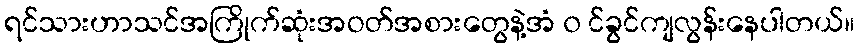
ရင်သားဟာသင်အကြိုက်ဆုံးအဝတ်အစားတွေနဲ့အံ ၀ င်ခွင်ကျလွန်းနေပါတယ်။